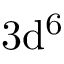
\mathrm { 3 d ^ { 6 } }